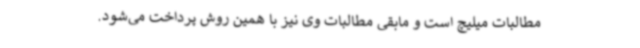
مطالبات میلیچ است و مابقی مطالبات وی نیز با همین روش پرداخت می‌شود.